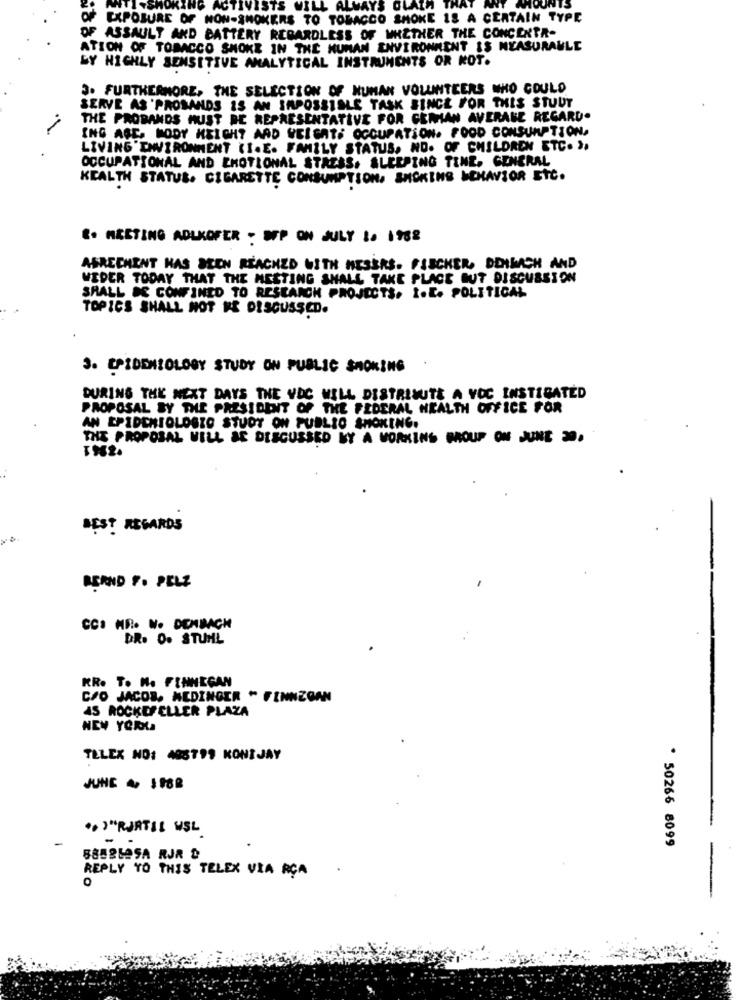
ANTI -SMOKING ACTIVISTS WILL AL
AYS OLA
OF EXPOSURE OF NON-SMOKERS TO TOBACCO SMOKE 18 A CERTAIN TYPE
OF ASSAULT AND BATTERY REGARDLESS OF WHETHER THE CONCENTR-
ATION OF TOBACCO SMOKE IN THE HUMAN ENVIRONMENT IS MEASURABLE
SY HIGHLY SENSITIVE ANALYTICAL INSTRUMENTS OR KOT.
3. FURTHERMORE, THE SELECTION OF HUMAN VOLUNTEERS WHO COULD
SERVE AS 'PROSANDS IS AN IMPOSSIBLE TASK SINCE FOR THIS STUUT
THE PROBANDS MUST BE REPRESENTATIVE FOR CEMIAN AVERAGE REGARD.
ING AGE, MODY HEIGHT AAD VEIGATH OCCUPATION. FOOD CONSUMPTION.
LIVING ENVIRONMENT (I.E. FAMILY STATUS, NO. OF CHILDREN ETC. 3,
OCCUPATIONAL AND EMOTIONAL STRESS. SLEEPING TINE, GENERAL
KEALTH STATUS. CIGARETTE CONSUMPTION, SMOKING MEHAVIOR ETC.
E. MEETING ADLKOFER - SFP ON JULY to 1988
ABRECHENT HAS SEEN REACHED WITH MESERS. FISCHER, DENKACH AND
WEDER TODAY THAT THE MESTING SHALL TAKE PLACE BUT DISCUSSION
SHALL BE CONFINED TO RESEARCH PROJECTS. I.E. POLITICAL
TOPICS SHALL NOT IS DISCUSSED.
3. EPIDEMIOLOGY STUDY ON PUBLIC SMOKING
DURING THE NEXT DAYS THE VIC WILL DISTRIBUTE A VOC INSTIGATED
PROPOSAL BY THE PRESIDENT OF THE FEDERAL HEALTH OFFICE FOR
AN EPIDEMIOLOGIC STUDY ON PUBLIC SMOKING.
THE PROPOSAL WILL BE DISCUSSED BY A WORKING GROUP ON JUNE 30.
BEST REGARDS
BERND F. PELZ
CCI MR. N. DENBACH
DR. O. STUHL
KRO To Me FINNEGAN
C/O JACOB. MEDINGER " FINNEGAN
45 ROCKEFELLER PLAZA
NEW YORLA
TELEX NO: 498799 KONIJAY
JUNE , 1188
.. '"RURTIL WSL
* 50266 8099
5882525A RJR &
-
REPLY TO THIS TELEX VIA RCA
0